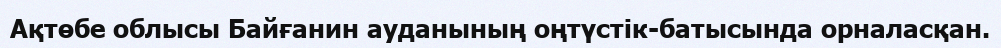
Ақтөбе облысы Байғанин ауданының оңтүстік-батысында орналасқан.